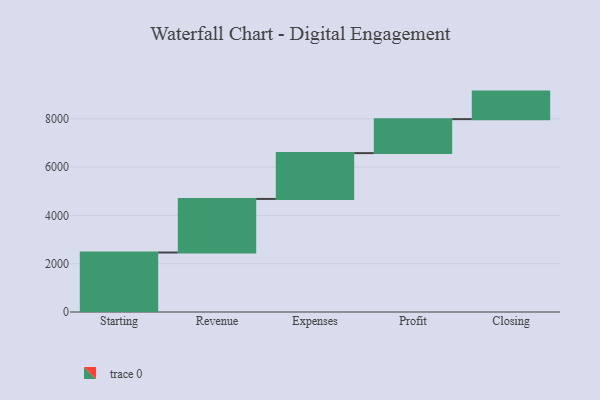
{"axis": {"x": "Step", "y": "Value"}, "legend": [""], "data": [{"x": "Starting", "y": 2463.0, "type": ""}, {"x": "Revenue", "y": 2220.0, "type": ""}, {"x": "Expenses", "y": 1897.0, "type": ""}, {"x": "Profit", "y": 1408.0, "type": ""}, {"x": "Closing", "y": 1140.0, "type": ""}]}